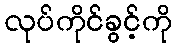
လုပ်ကိုင်ခွင့်ကို